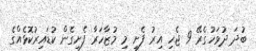
ބުދަ ދުވަހުގެރޭ 9 ޖެހި އިރު ފެށި މި މުޒާހަރާ ފެށިގެން ކުޑައިރުކޮޅެއްގެ